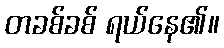
တခစ်ခစ် ရယ်နေ၏။